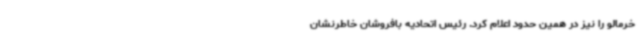
خرمالو را نیز در همین حدود اعلام کرد. رئیس اتحادیه بافروشان خاطرنشان